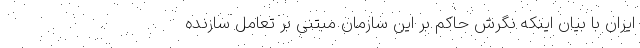
ایران با بیان اینکه نگرش حاکم بر این سازمان مبتنی بر تعامل سازنده